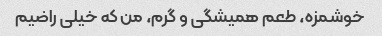
خوشمزه، طعم همیشگی و گرم، من که خیلی راضیم